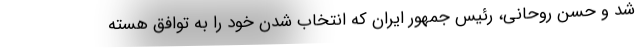
شد و حسن روحانی، رئیس جمهور ایران که انتخاب شدن خود را به توافق هسته